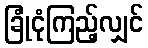
ခြုံငုံကြည့်လျှင်